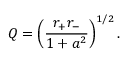
Q = \left( { \frac { r _ { + } r _ { - } } { 1 + a ^ { 2 } } } \right) ^ { 1 / 2 } .